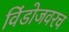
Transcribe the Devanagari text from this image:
विंडोजवरच